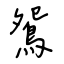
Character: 鴛